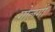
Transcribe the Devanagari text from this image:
गोलगी